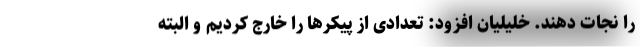
را نجات دهند. خلیلیان افزود: تعدادی از پیکرها را خارج کردیم و البته